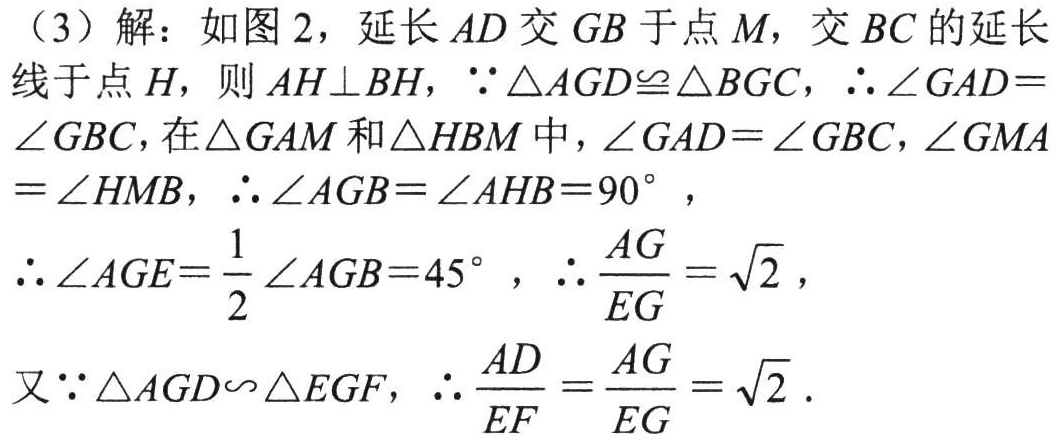
（3）解：如图 2，延长 \(AD\) 交 \(GB\) 于点 \(M\)，交 \(BC\) 的延长

线于点 \(H\)，则 \(AH\perp BH\)，\(\because\triangle AGD\cong\triangle BGC\)，\(\therefore\angle GAD = \)

\(\angle GBC\)，在\(\triangle GAM\)和\(\triangle HBM\)中，\(\angle GAD=\angle GBC\)，\(\angle GMA\)

\(=\angle HMB\)，\(\therefore\angle AGB=\angle AHB = 90^{\circ}\)，

\(\therefore\angle AGE=\frac{1}{2}\angle AGB = 45^{\circ}\)，\(\therefore\frac{AG}{EG}=\sqrt{2}\)，

又\(\because\triangle AGD\backsim\triangle EGF\)，\(\therefore\frac{AD}{EF}=\frac{AG}{EG}=\sqrt{2}\)．